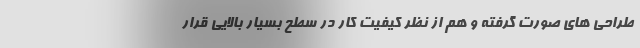
طراحی های صورت گرفته و هم از نظر کیفیت کار در سطح بسیار بالایی قرار